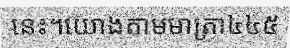
នេះ។យោងតាមមាត្រា៤៤៥